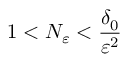
1 < N _ { \varepsilon } < \frac { \delta _ { 0 } } { \varepsilon ^ { 2 } }